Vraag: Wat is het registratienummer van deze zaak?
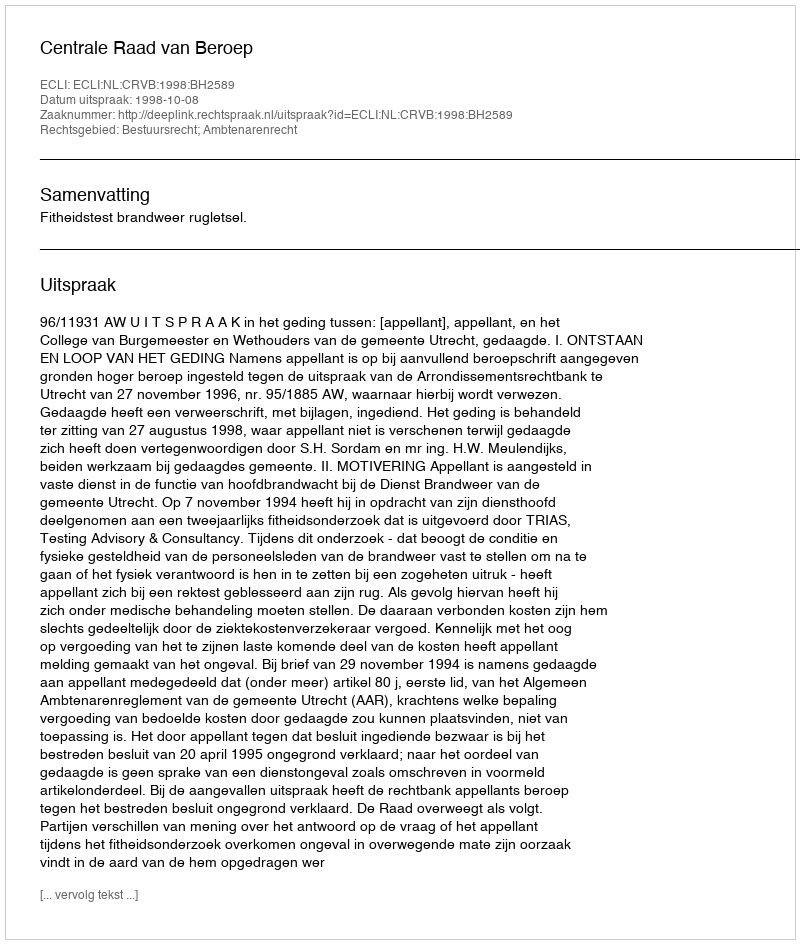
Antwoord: http://deeplink.rechtspraak.nl/uitspraak?id=ECLI:NL:CRVB:1998:BH2589